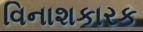
વિનાશકારક